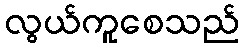
လွယ်ကူစေသည်